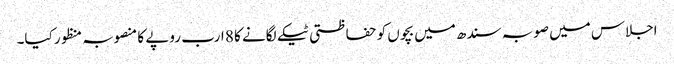
اجلاس میں صوبہ سندھ میں بچوں کو حفاظتی ٹیکے لگانے کا 8 ارب روپے کا منصوبہ منظور کیا۔